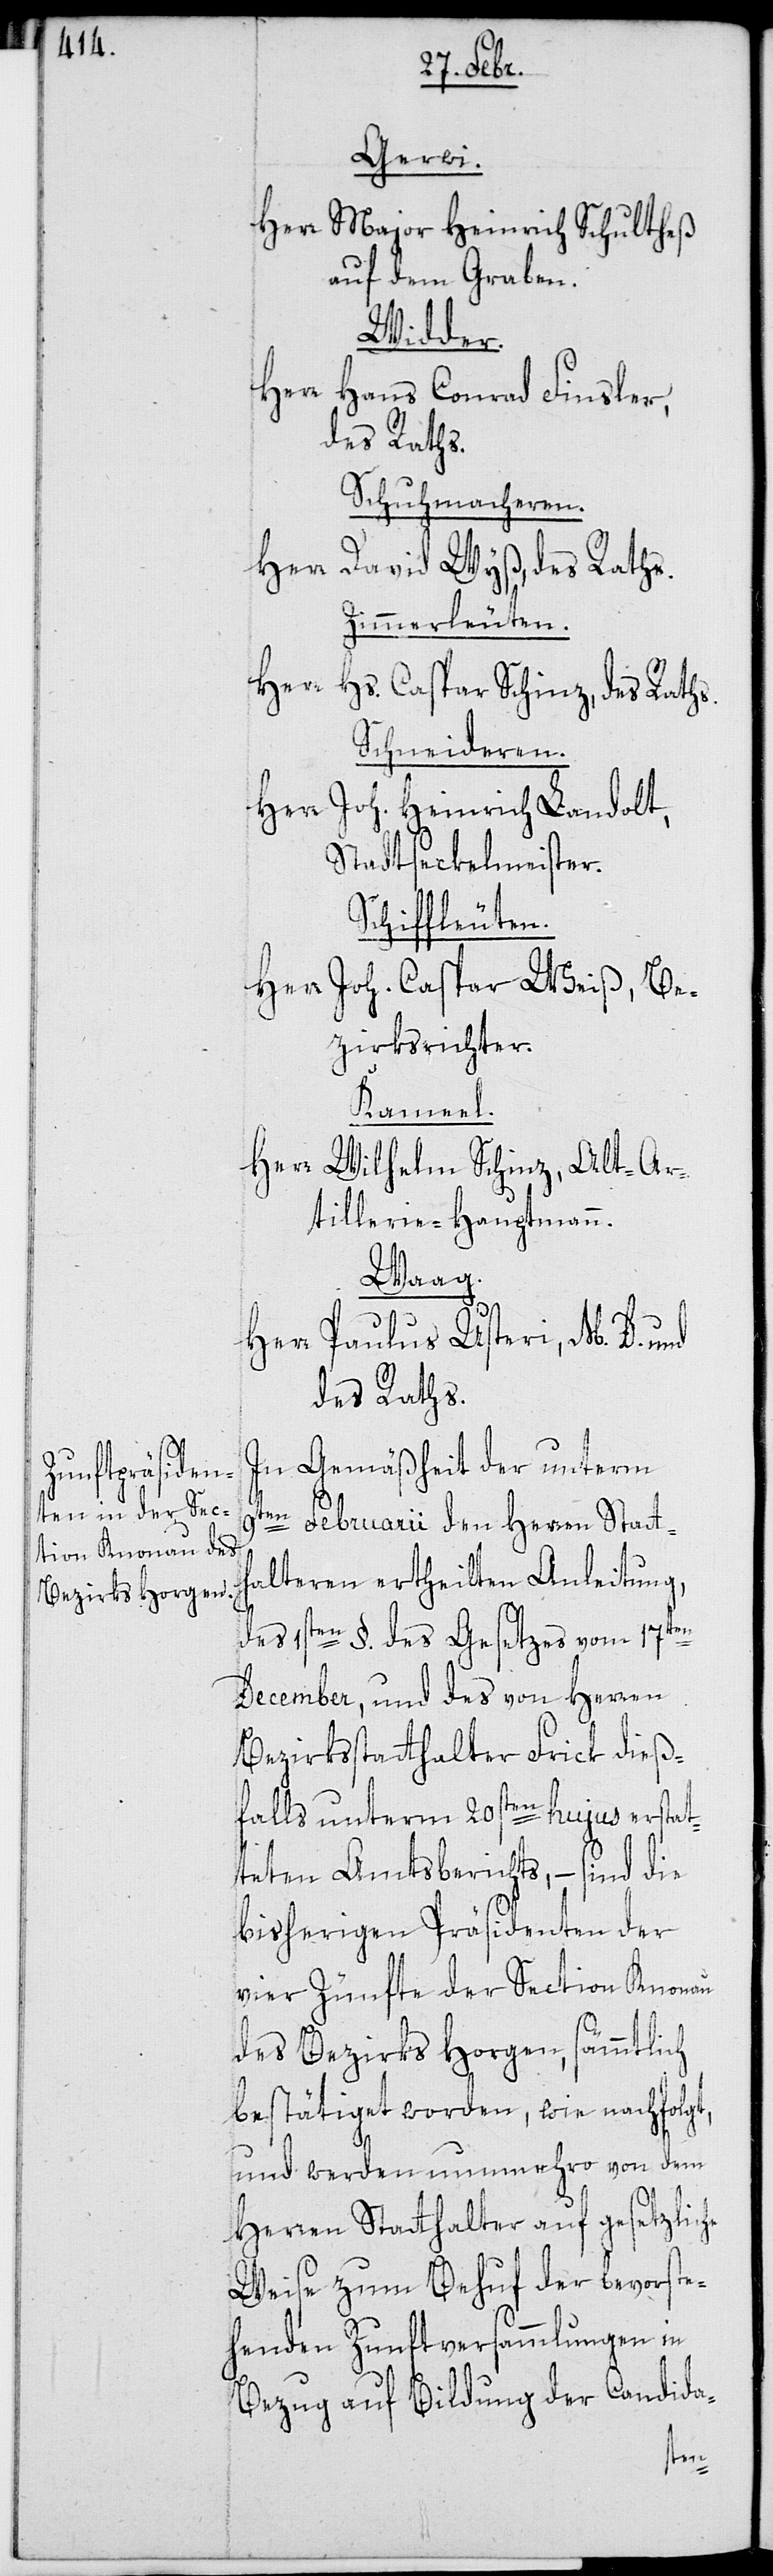
Gerwi.
Herr Major Heinrich Schultheß,
auf dem Graben.
Widder.
Herr
Hans Conrad Finsler,
des Raths.
Schuhmacheren.
Herr David Wyß, des Raths.
Zimmerleuten.
Herr
Hs. Caspar Schinz, des Raths.
Schneideren.
Herr Joh. Heinrich Landolt,
Stadtseckelmeister.
Schiffleuten.
Herr Joh. Caspar Weiß, Be¬
zirksrichter.
Kameel.
Herr Wilhelm Schinz, Alt-Ar¬
tillerie-Hauptmann.
Waag.
Herr Paulus Usteri, M. D. und
des Raths.
In Gemäßheit der unterm
9ten Februarii den Herren Statth¬
alteren ertheilten Anleitung,
des 1sten §. des Gesetzes vom 17ten
December, und des von Herren
Bezirksstatthalter Frick dieß¬
falls unterm 20sten hujus erstat¬
teten Amtsberichts, – sind die
bisherigen Präsidenten der
vier Zünfte der Section Knonau
des Bezirks Horgen, sämmtlich
bestätiget worden, wie nachfolgt,
und werden nunmehro von dem
Herren Statthalter auf gesetzliche
Weise zum Behuf der bevorste¬
henden Zunftversammlungen in
Bezug auf Bildung der Candida-